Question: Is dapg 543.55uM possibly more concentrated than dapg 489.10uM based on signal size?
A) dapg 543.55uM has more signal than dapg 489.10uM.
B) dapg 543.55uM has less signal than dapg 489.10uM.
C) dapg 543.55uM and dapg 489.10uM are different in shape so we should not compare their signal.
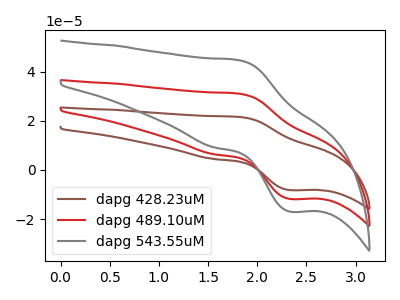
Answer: <think>The brown curve "dapg 428.23uM" has an anodic peak at (1.80V, 62.20uA) and a cathodic peak at (2.35V, -23.70uA). The red curve "dapg 489.10uM" has an anodic peak at (1.80V, 31.10uA) and a cathodic peak at (2.35V, -11.85uA). The gray curve "dapg 543.55uM" has an anodic peak at (1.80V, 44.75uA) and a cathodic peak at (2.35V, -17.05uA).
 All the peaks in "dapg 543.55uM" have a peak in "dapg 489.10uM" at the same potential. Every peak in "dapg 543.55uM" is higher than every peak in "dapg 489.10uM".</think>
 <answer>A) "dapg 543.55uM" has more signal than "dapg 489.10uM".</answer>
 <eval>A</eval>